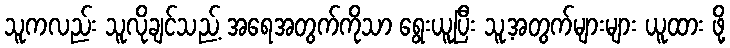
သူကလည်း သူလိုချင်သည့် အရေအတွက်ကိုသာ ရွေးယူပြီး သူ့အတွက်များများ ယူထား ဖို့